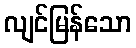
လျင်မြန်သော